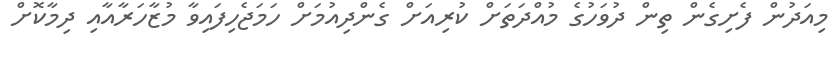
މިއަދުން ފެށިގެން ތިން ދުވަހުގެ މުއްދަތަށް ކުރިއަށް ގެންދިއުމަށް ހަމަޖެހިފައިވާ މުޒާހަރާއާއި ދިމާކޮށް